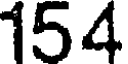
154